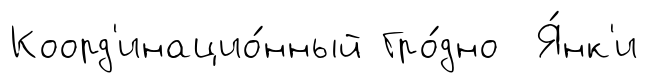
Коорд'инацио́нный Гро́дно Я́нк'и